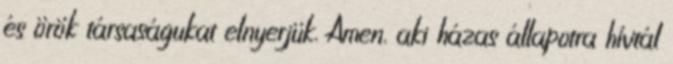
és örök társaságukat elnyerjük. Ámen. aki házas állapotra hívtál